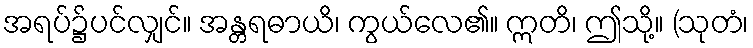
အရပ်၌ပင်လျှင်။ အန္တရဓာယိ၊ ကွယ်လေ၏။ ဣတိ၊ ဤသို့။ (သုတံ၊